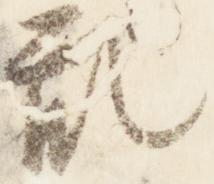
乱